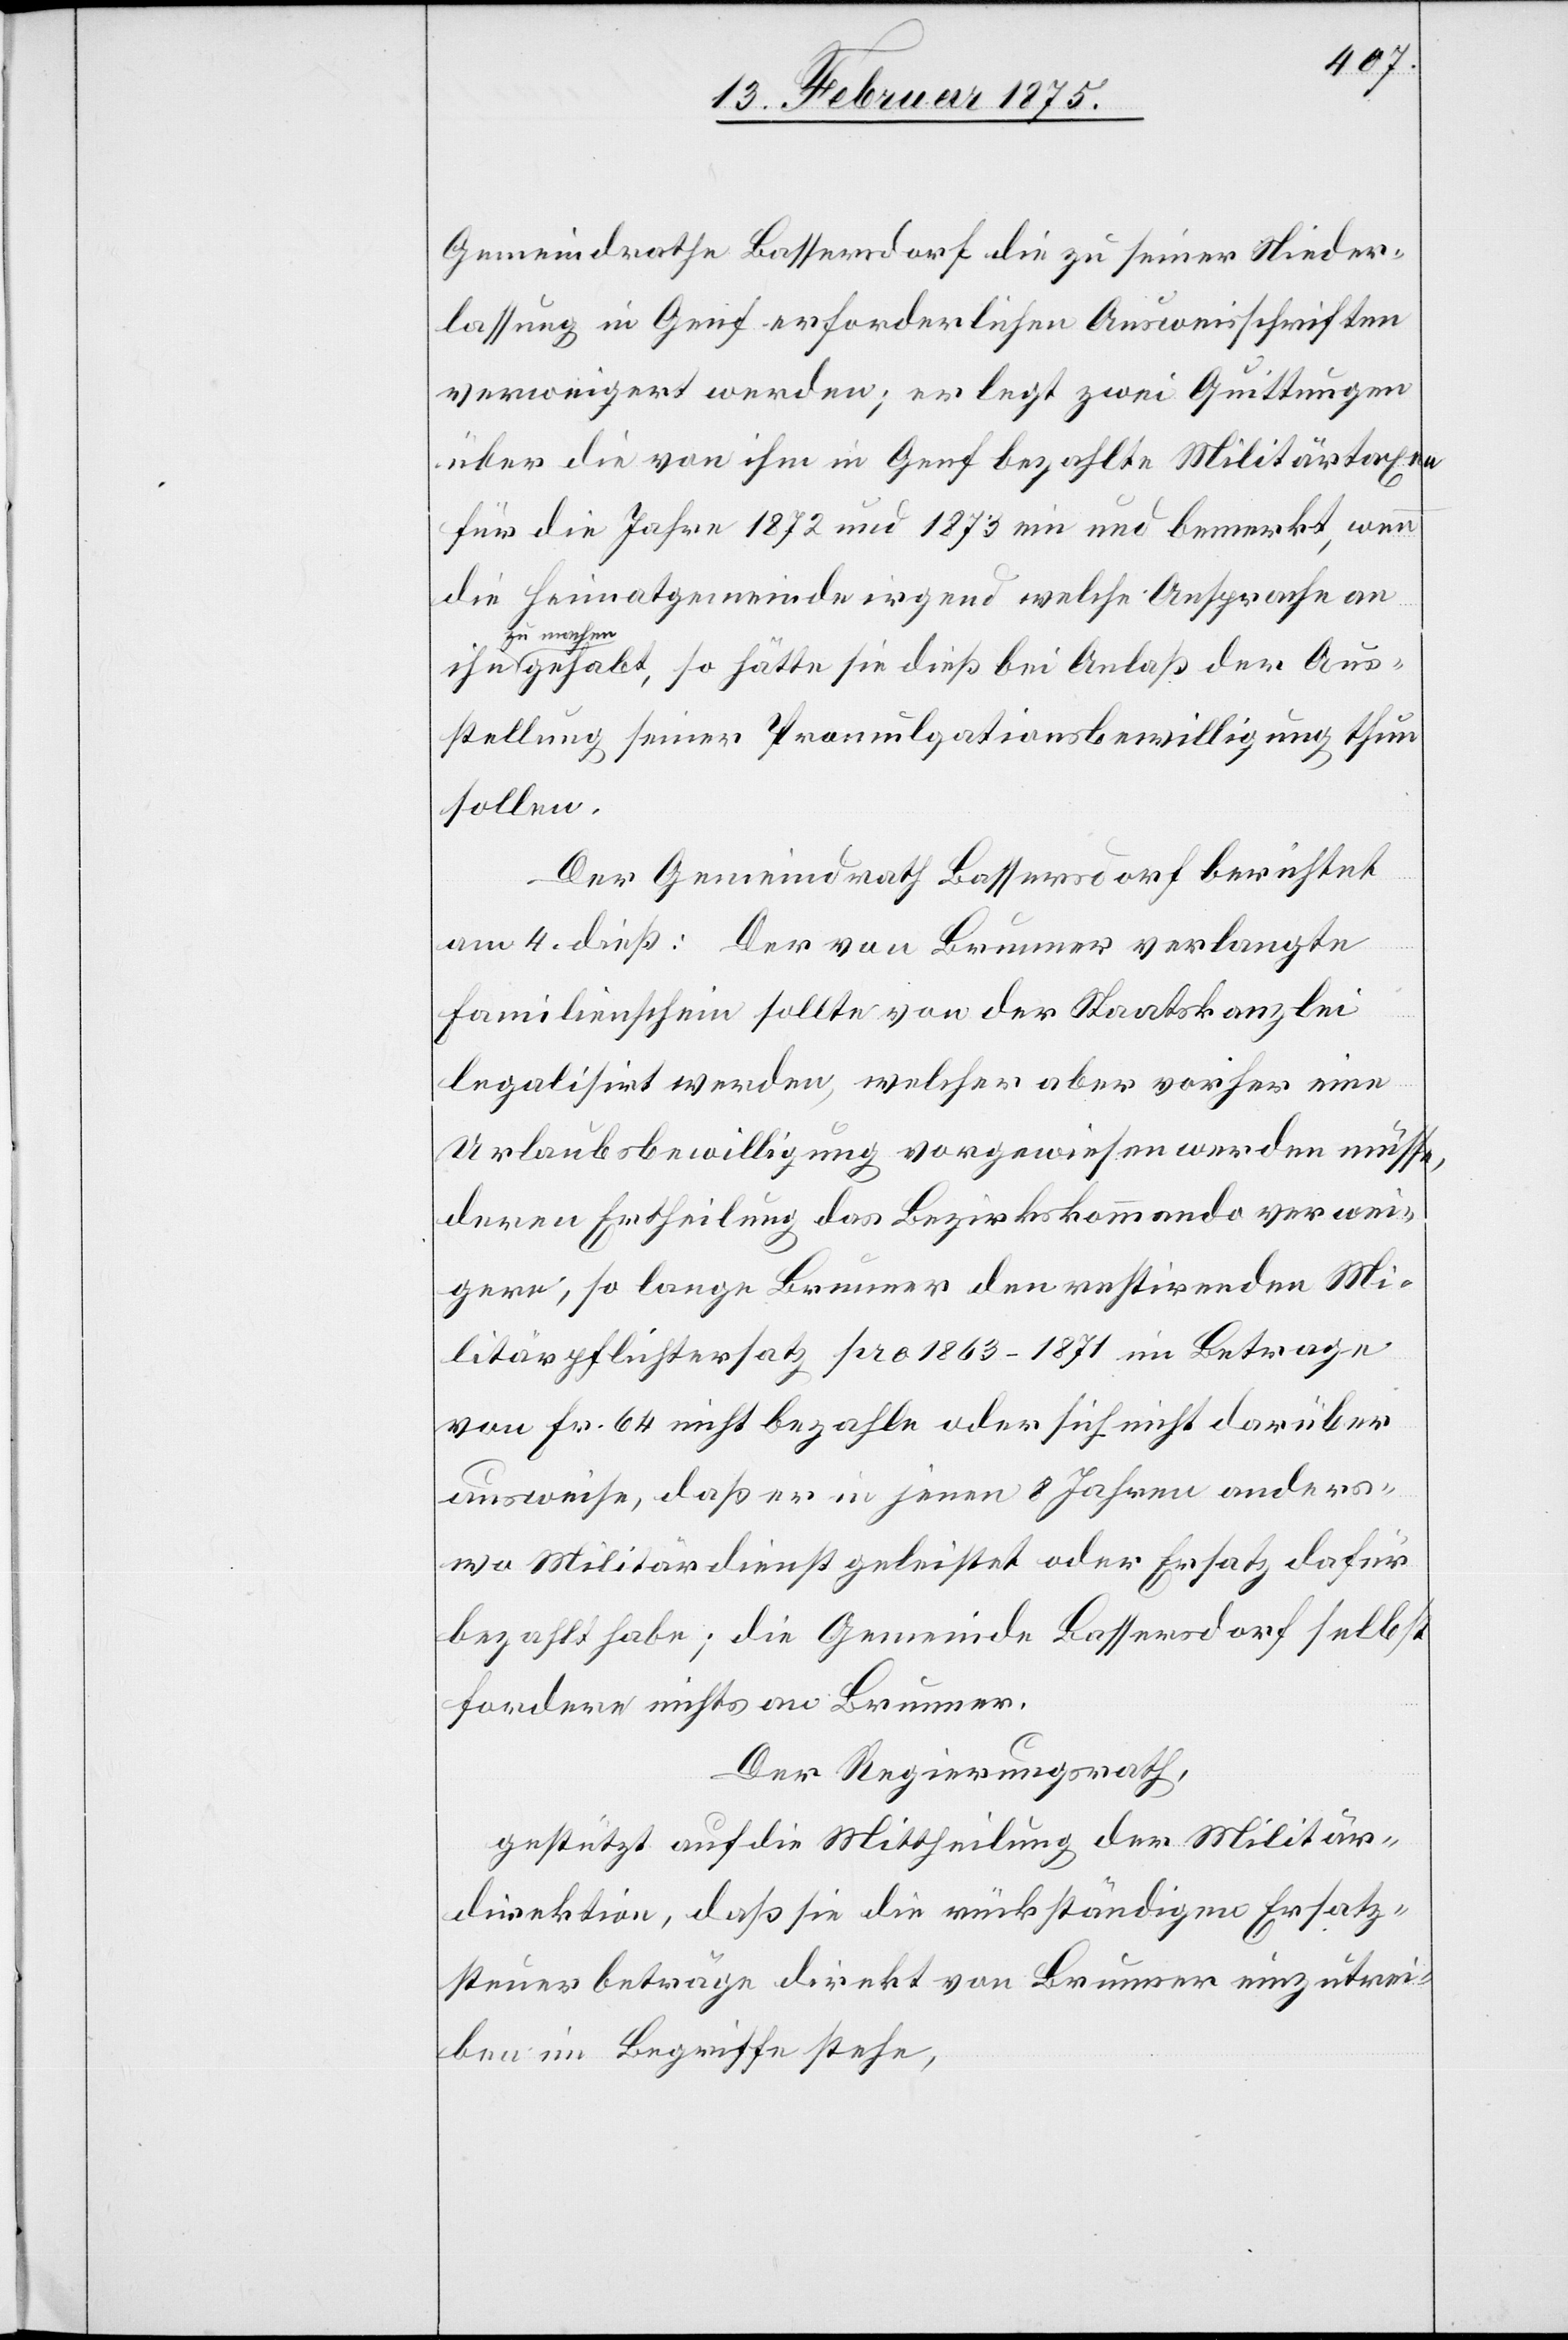
Gemeindrathe Bassersdorf die zu seiner Nieder¬
lassung in Genf erforderlichen Ausweisschriften
verweigert werden; er legt zwei Quittungen
über die von ihm in Genf bezahlte Militärtaxen
für die Jahre 1872 und 1873 ein und bemerkt, wenn
die Heimatgemeinde irgend welche Ansprache an
zu mache¬
n gehabt, so hätte sie dieß bei Anlaß der Aus¬
stellung seiner Promulgationsbewilligung thun
sollen.
Der Gemeindrath Bassersdorf berichtet
am 4. dieß: Der von Brunner verlangte
Familienschein sollte von der Staatskanzlei
legalisirt werden, welcher aber vorher eine
Urlaubsbewilligung vorgewiesen werden müsse,
deren Ertheilung das Bezirkskommando verwei¬
gere; so lange Brunner den restirenden Mi¬
litärpflichtersatz pro 1863–1871 im Betrage
von Fr. 62 nicht bezahle oder sich nicht darüber
ausweise, daß er in jenen 8 Jahren anders¬
wo Militärdienst geleistet oder Ersatz dafür
bezahlt habe; die Gemeinde Bassersdorf selbst
fordere nichts an Brunner.
Der Regierungsrath,
gestützt auf die Mittheilung der Militär¬
direktion, daß sie die rückständigen Ersatz¬
steuerbeträge direkt von Brunner einzutrei¬
ben im Begriffe stehe,